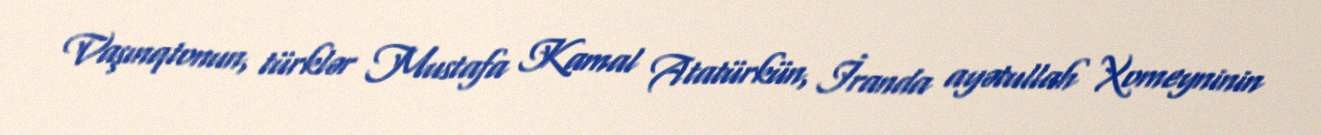
Vaşınqtonun, türklər Mustafa Kamal Atatürkün, İranda ayətullah Xomeyninin